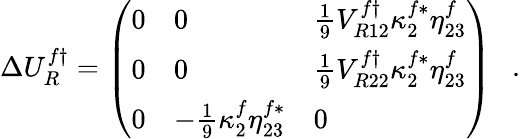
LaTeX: \Delta U_{R}^{f\dagger}=\left(\begin{array}{lll}{{0}}&{{0}}&{{{\frac{1}{9}}V_{R12}^{f\dagger}\kappa_{2}^{f*}\eta_{23}^{f}}}\\ {{0}}&{{0}}&{{{\frac{1}{9}}V_{R22}^{f\dagger}\kappa_{2}^{f*}\eta_{23}^{f}}}\\ {{0}}&{{-{\frac{1}{9}}\kappa_{2}^{f}\eta_{23}^{f*}}}&{{0}}\end{array}\right)~~~.